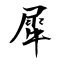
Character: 犀